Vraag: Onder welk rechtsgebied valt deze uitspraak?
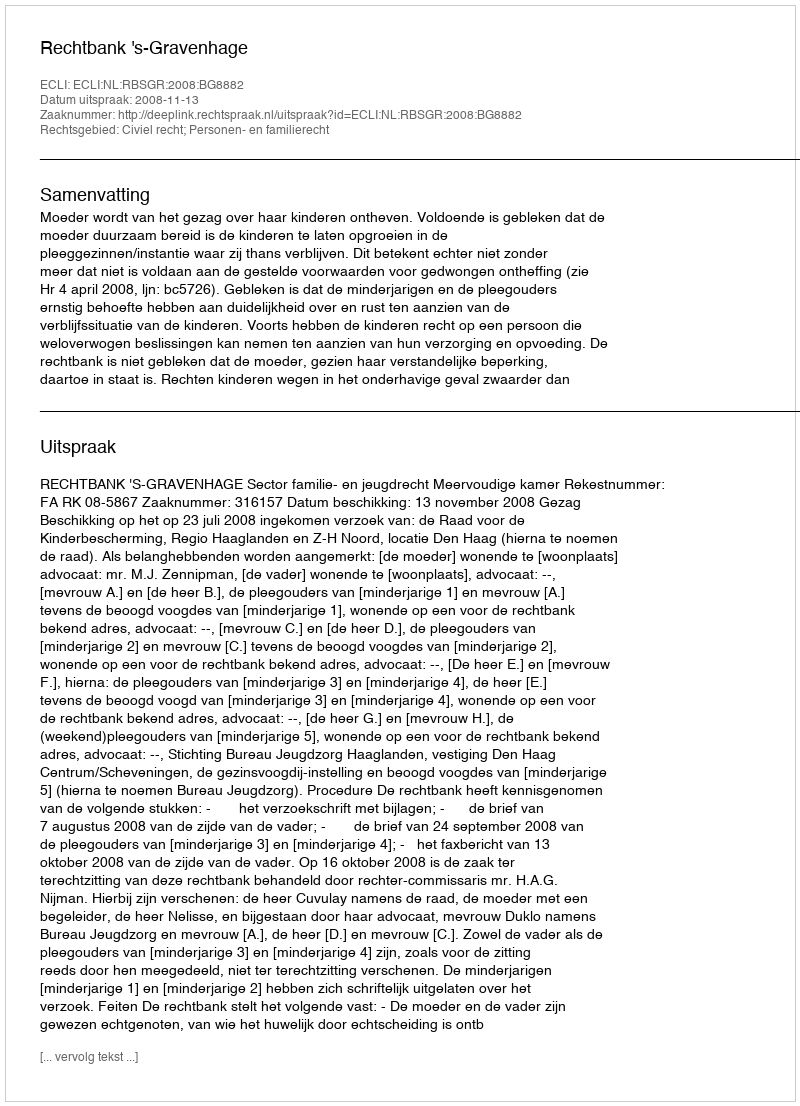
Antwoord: Civiel recht; Personen- en familierecht